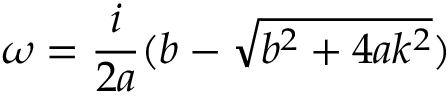
\omega = \frac { i } { 2 a } ( b - \sqrt { b ^ { 2 } + 4 a k ^ { 2 } } )